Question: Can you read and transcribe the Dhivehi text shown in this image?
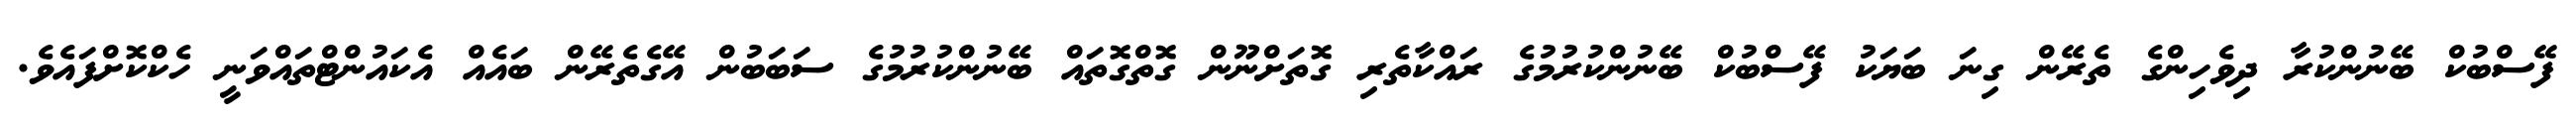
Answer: ފޭސްބުކް ބޭނުންކުރާ ދިވެހިންގެ ތެރޭން ގިނަ ބަޔަކު ފޭސްބުކް ބޭނުންކުރުމުގެ ރައްކާތެރި ގޮތަށްނޫން ގޮތްގޮތައް ބޭނުންކުރުމުގެ ސަބަބުން އޭގެތެރޭން ބައެއް އެކައުންޓްތައްވަނީ ހެކްކޮށްފައެވެ.